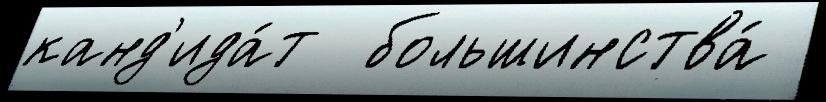
канд'ида́т  большинства́